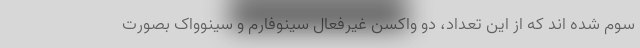
سوم شده اند که از این تعداد، دو واکسن غیرفعال سینوفارم و سینوواک بصورت